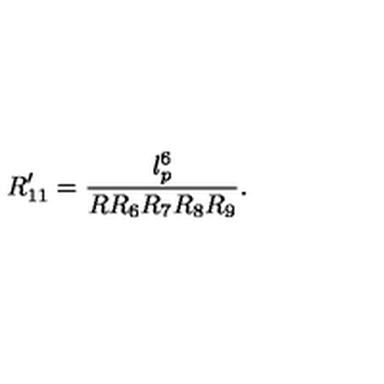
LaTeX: R _ { 1 1 } ^ { \prime } = \frac { l _ { p } ^ { 6 } } { R R _ { 6 } R _ { 7 } R _ { 8 } R _ { 9 } } .